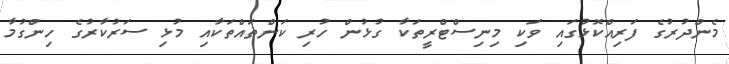
މެންދުރުގެ ފަރިއްކޮޅުގައި ވަކި މިނިސްޓްރީތަކާ ގުޅުން ހުރި ކަންތައްތަކާއި މުޅި ސަރުކާރުގެ ހިންގުމާ